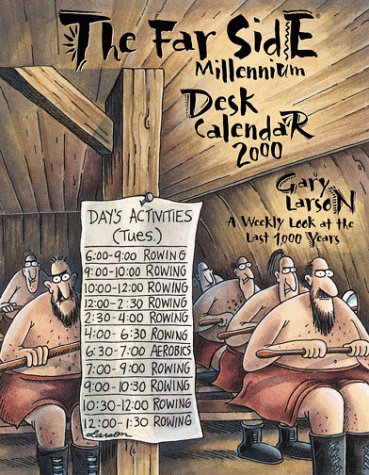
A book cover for Far Side; Andrews McMeel Publishing; Calendars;